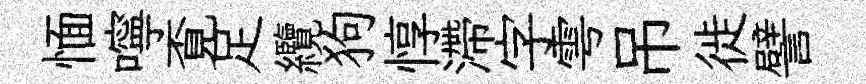
愐嚀覔足纜狗惇滯字雩吊徙譬